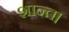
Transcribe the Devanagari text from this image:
शान्त।